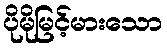
ပိုမိုမြင့်မားသော